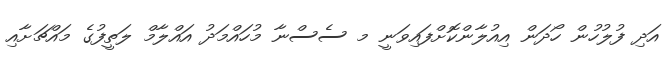
އަދި ފުލުހުން ހޯދަން އިއުލާންކޮށްފައިވަނީ މ ސެސްނާ މުހައްމަދު އައްލާމް ލަތީފުގެ މައްޗަށާއި